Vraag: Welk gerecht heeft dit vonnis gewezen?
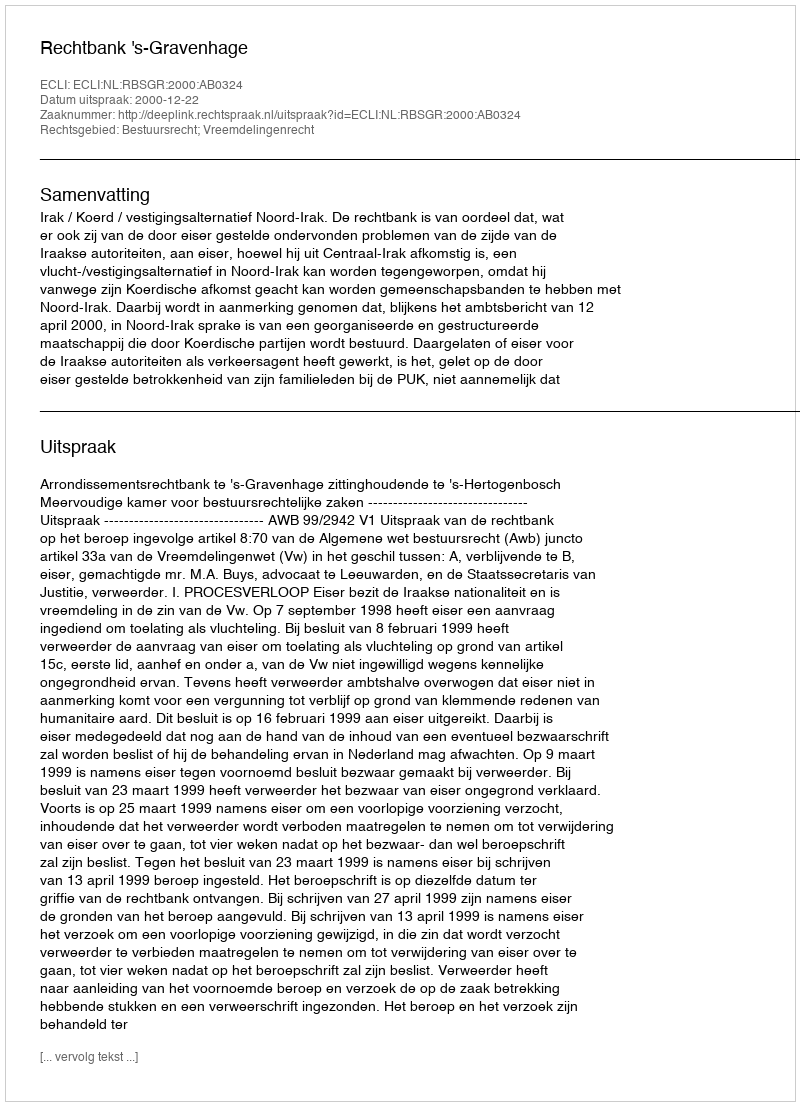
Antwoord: Rechtbank 's-Gravenhage